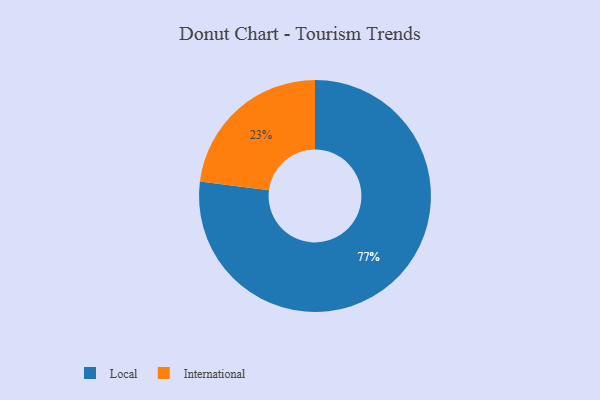
{"axis": {"x": "Category", "y": "Percentage"}, "legend": ["International", "Local"], "data": [{"x": "Local", "y": 77, "type": "Local"}, {"x": "International", "y": 23, "type": "International"}]}